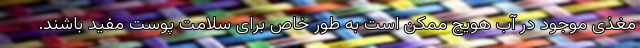
مغذی موجود در آب هویج ممکن است به طور خاص برای سلامت پوست مفید باشند.